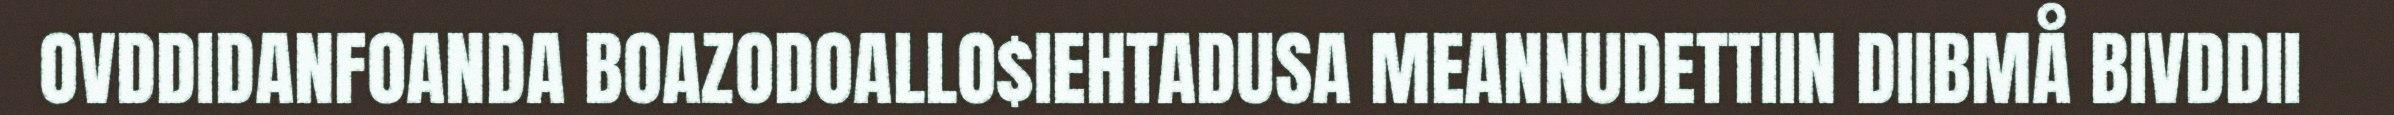
OVDDIDANFOANDA BOAZODOALLO$IEHTADUSA MEANNUDETTIIN DIIBMÅ BIVDDII